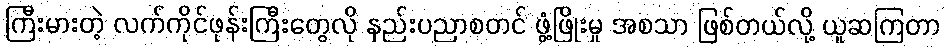
ကြီးမားတဲ့ လက်ကိုင်ဖုန်းကြီးတွေလို နည်းပညာစတင် ဖွံ့ဖြိုးမှု အစသာ ဖြစ်တယ်လို့ ယူဆကြတာ